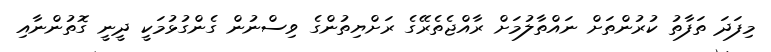
މިފަދަ ތަފާތު ކުރުންތަށް ނައްތާލުމަށް ރާއްޖެތެރޭގެ ރަށްޔިތުންގެ ވިސްނުން ގެންގުޅުމަކީ ދީނީ ގޮތުންނާއި